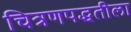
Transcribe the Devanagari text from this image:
चित्रणपद्धतीला